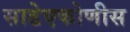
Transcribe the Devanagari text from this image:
साडेएकोणीस